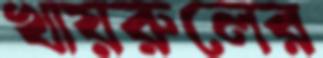
খায়রুলের